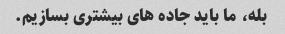
بله، ما باید جاده های بیشتری بسازیم.